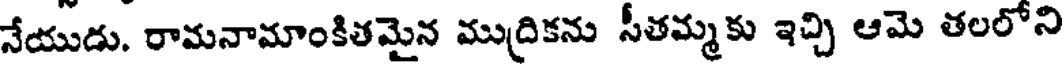
నేయుడు, రామనామాంకితమైన ముద్రికను సీతమ్మకు ఇచ్చి ఆమె తలలోని